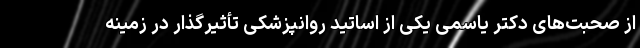
از صحبت‌های دکتر یاسمی یکی از اساتید روانپزشکی تأثیرگذار در زمینه